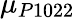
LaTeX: \mu_{P1022}